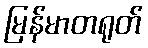
မြန်မာတရုတ်